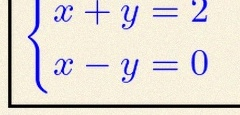
\begin{cases}x+y=2\\x-y=0\end{cases}